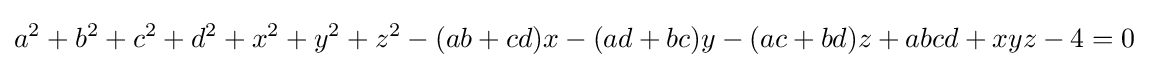
a^{2}+b^{2}+c^{2}+d^{2}+x^{2}+y^{2}+z^{2}-(ab+cd)x-(ad+bc)y-(ac+bd)z+abcd+xyz-4=0